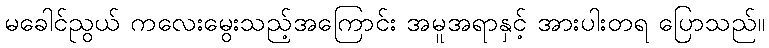
မခေါင်ညွယ် ကလေးမွေးသည့်အကြောင်း အမူအရာနှင့် အားပါးတရ ပြောသည်။